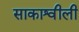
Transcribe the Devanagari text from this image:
साकाश्वीली